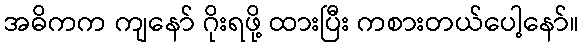
အဓိကက ကျနော် ဂိုးရဖို့ ထားပြီး ကစားတယ်ပေါ့နော်။